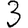
Digit: 3